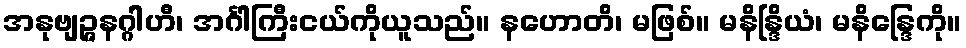
အနုဗျဉ္ဇနဂ္ဂါဟီ၊ အင်္ဂါကြီးငယ်ကိုယူသည်။ နဟောတိ၊ မဖြစ်။ မနိန္ဒြိယံ၊ မနိန္ဒြေကို။